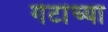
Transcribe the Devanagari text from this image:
गेटांच्या